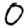
Digit: 0